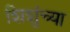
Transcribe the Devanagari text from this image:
शिशुंच्या